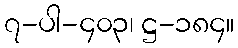
၇-ပါ-၄၀၃၊ ဋ္ဌ-၁၈၄။